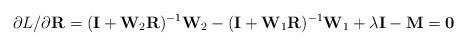
LaTeX: \begin{align*}\partial L/\partial {\rm {\bf R}}=({\rm {\bf I}}+{\rm {\bf W}}_2 {\rm {\bf R}})^{-1}{\rm {\bf W}}_2 -({\rm {\bf I}}+{\rm {\bf W}}_1 {\rm {\bf R}})^{-1}{\rm {\bf W}}_1 +\lambda {\rm {\bf I}}-{\rm {\bf M}}={\rm {\bf 0}}\end{align*}